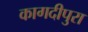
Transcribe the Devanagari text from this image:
कागदीपुरा